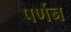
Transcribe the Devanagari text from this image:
पर्णन